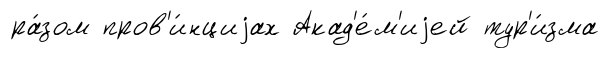
ра́зом пров'и́нциjах Акад'е́м'иjей тур'и́зма